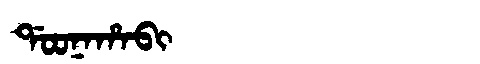
Manchu: ᡩᠣᠣᠨᠠᡥᠠᠪᡳ
Romanization: DOONAHABI